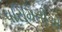
પરિમિતીએ